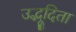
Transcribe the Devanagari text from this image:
उद्भूदिता